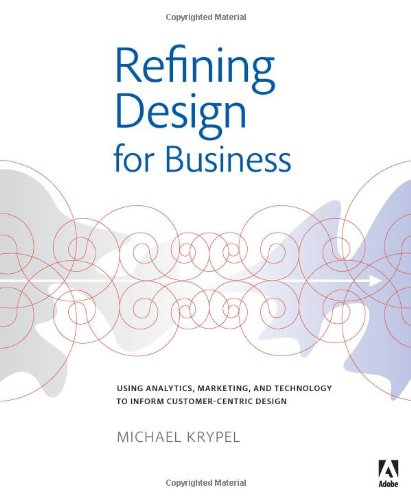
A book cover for Refining Design for Business: Using analytics, marketing, and technology to inform customer-centric design (Graphic Design & Visual Communication Courses); Michael Krypel; Computers & Technology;